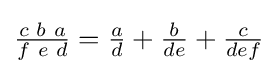
{\tfrac {c\,\,b\,\,a}{f\,\,e\,\,d}}={\tfrac {a}{d}}+{\tfrac {b}{de}}+{\tfrac {c}{def}}